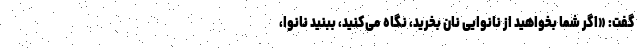
گفت: «اگر شما بخواهید از نانوایی نان بخرید، نگاه می‌کنید، ببنید نانوا،